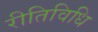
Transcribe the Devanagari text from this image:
रीतिविधि